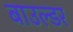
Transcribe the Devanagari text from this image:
बाउल्डर